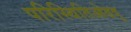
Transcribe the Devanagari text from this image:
परिस्थितिओढवू